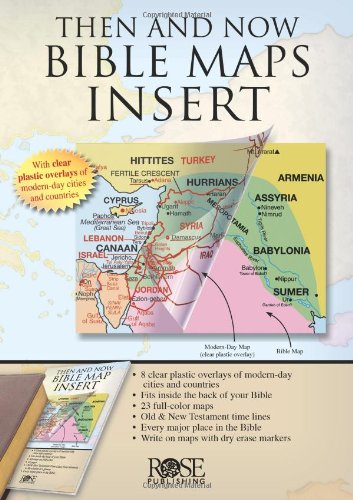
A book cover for Then and Now Bible Map Insert - Ultra-thin atlas fits in the back of your Bible; Rose Publishing; Christian Books & Bibles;